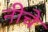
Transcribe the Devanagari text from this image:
नीचे